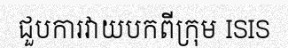
ជួបការវាយបកពីក្រុម ISIS